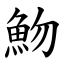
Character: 魩